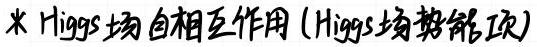
* Higgs场自相互作用（Higgs场势能项）